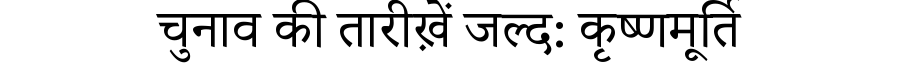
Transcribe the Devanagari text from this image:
चुनाव की तारीख़ें जल्द: कृष्णमूर्ति